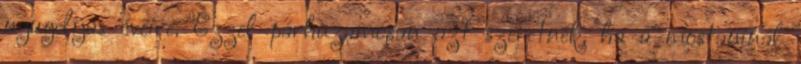
nyugdíjas éveire. Ezzel párhuzamosan azt szeretnék, ha a mostaninál